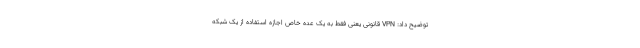
توضیح داد: VPN قانونی یعنی فقط به یک عده خاص اجازه استفاده از یک شبکه